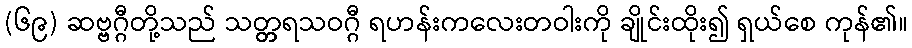
(၆၉) ဆဗ္ဗဂ္ဂီတို့သည် သတ္တ္ကရသဝဂ္ဂီ ရဟန်းကလေးတဝါးကို ချိုင်းထိုး၍ ရှယ်စေ ကုန်၏။